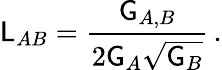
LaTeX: \mathsf{L}_{AB}=\frac{\mathsf{G}_{A,B}}{2\mathsf{G}_{A}\sqrt{\mathsf{G}_{B}}}\, .